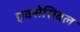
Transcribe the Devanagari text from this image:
एक्सेसिबल